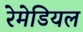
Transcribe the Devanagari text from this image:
रेमेडियल